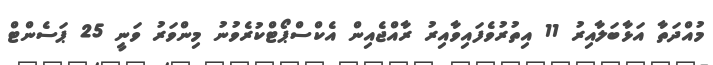
މުއްދަތާ އަޅާބަލާއިރު 11 އިތުރުވެފައިވާއިރު ރާއްޖެއިން އެކްސްޕޯޓްކުރެވުނު މިންވަރު ވަނީ 25 ޕަސެންޓް